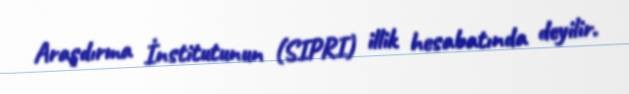
Araşdırma İnstitutunun (SIPRI) illik hesabatında deyilir.